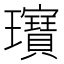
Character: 𤫖